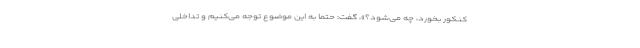
کنکور بخورد، چه می‌شود؟»، گفت: حتما به این موضوع توجه می‌کنیم و تداخلی